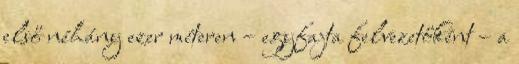
első néhány ezer méteren – egyfajta felvezetőként – a